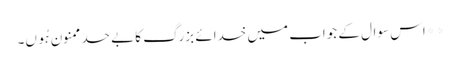
**اس سوال کے جواب میں خدائے بزرگ کا بے حد ممنون ہُوں۔